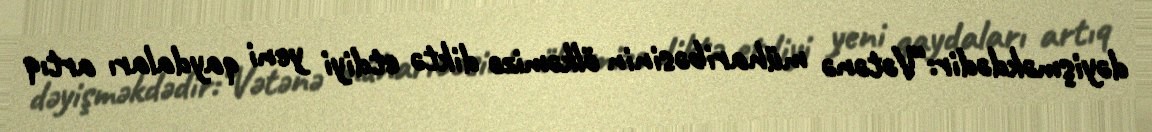
dəyişməkdədir:“Vətənə müharibəsinin ölkəmizə diktə etdiyi yeni qaydaları artıq